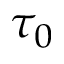
\tau _ { 0 }